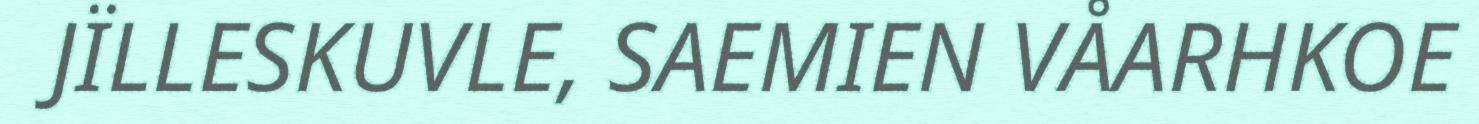
JÏLLESKUVLE, SAEMIEN VÅARHKOE